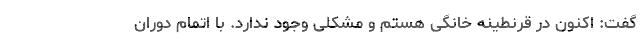
گفت: اکنون در قرنطینه خانگی هستم و مشکلی وجود ندارد. با اتمام دوران